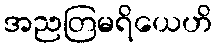
အညတြမရိယေဟိ